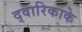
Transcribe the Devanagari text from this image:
द्वारिकाके